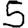
Digit: 5